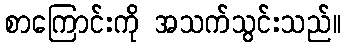
စာကြောင်းကို အသက်သွင်းသည်။